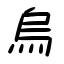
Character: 烏